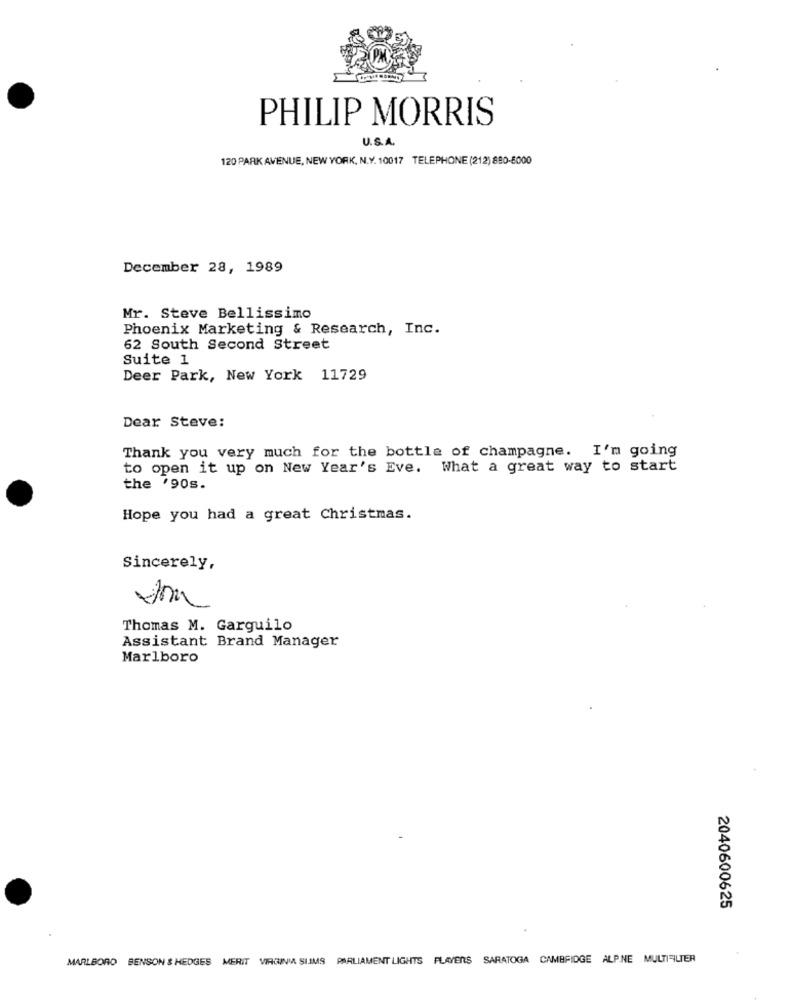
PHILIP MORRIS
U.S.A.
120 PARK AVENUE, NEW YORK, N.Y. 10017 TELEPHONE (212) 880-8000
December 28, 1989
Mr. Steve Bellissimo
Phoenix Marketing & Research, Inc.
62 South Second Street
Suite 1
Deer Park, New York 11729
Dear Steve:
Thank you very much for the bottle of champagne. I'm going
to open it up on New Year's Eve. What a great way to start
the '90s.
Hope you had a great Christmas.
Sincerely,
Thomas M. Garguilo
Assistant Brand Manager
Marlboro
2040600625
MARLBORO BENSON & HEDGES MERIT VIRGINIA SLIMS PARLIAMENT LIGHTS FLAYERS SARATOGA CAMBRIDGE ALPINE MULTIFILTER